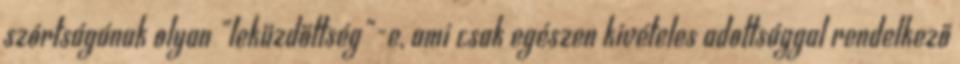
szórtságának olyan "leküzdöttség"-e, ami csak egészen kivételes adottsággal rendelkező